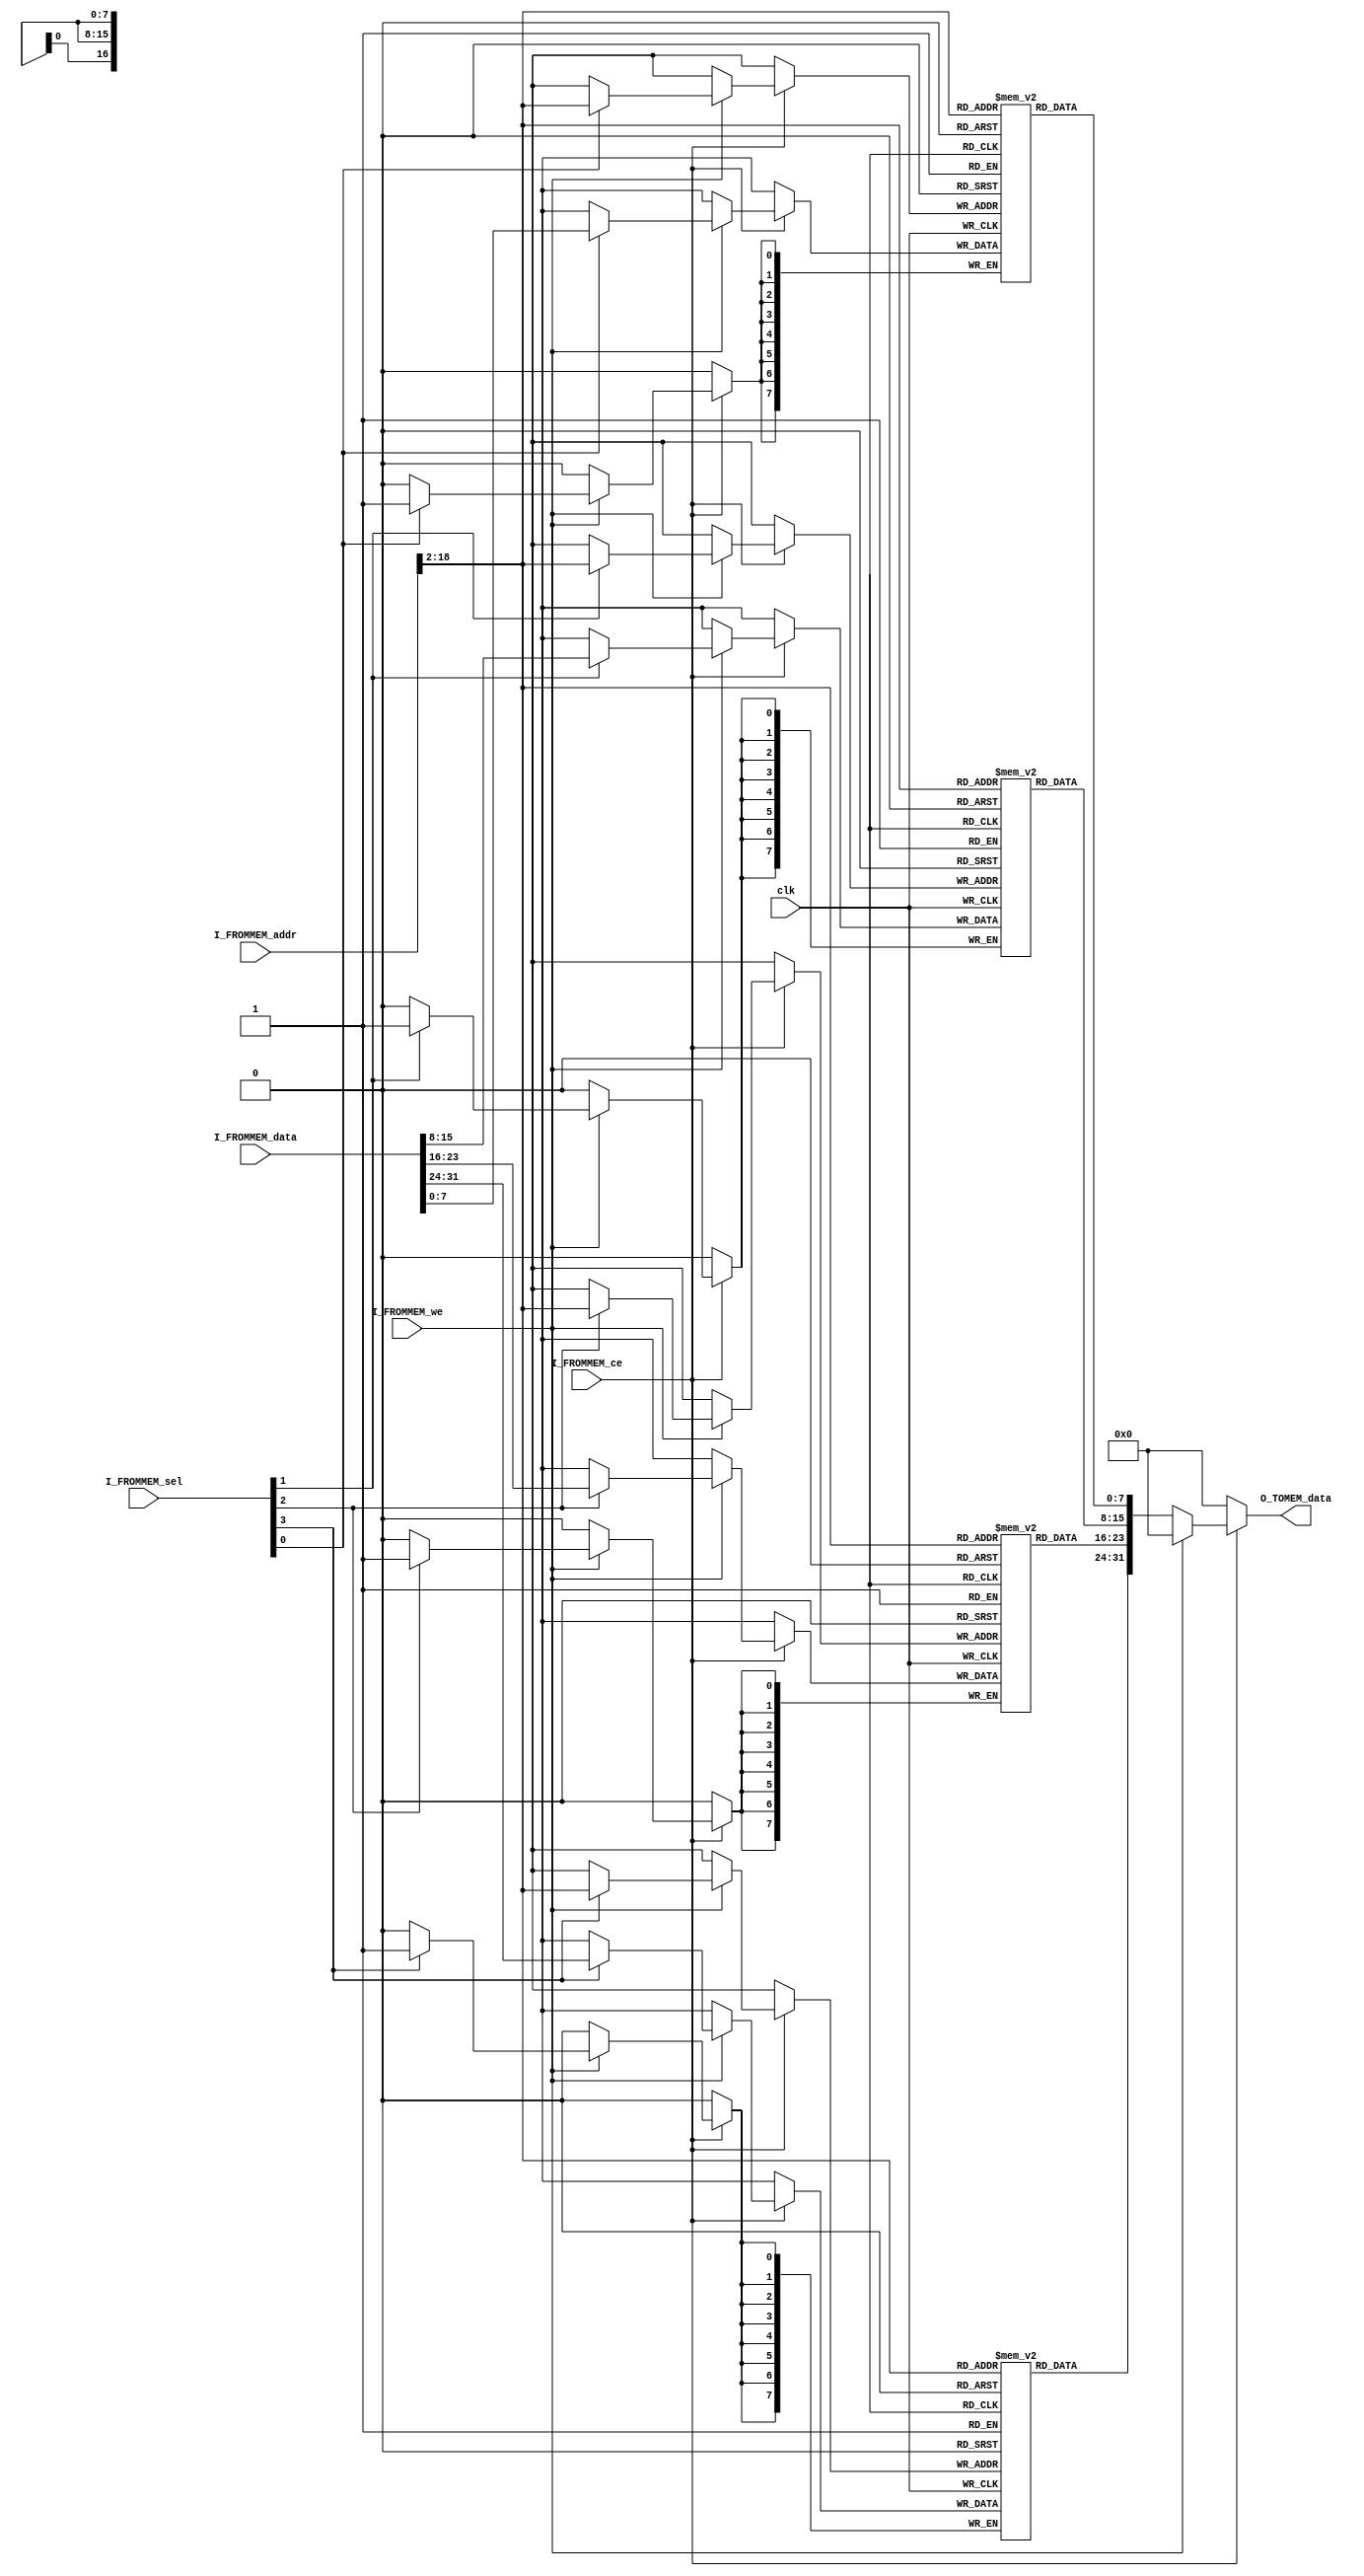
module data_ram(

	input	wire										clk,
	input wire										I_FROMMEM_ce,
	input wire										I_FROMMEM_we,
	input wire[31:0]			I_FROMMEM_addr,//ַ߿
	input wire[3:0]								I_FROMMEM_sel,
	input wire[31:0]						I_FROMMEM_data,//߿
	output reg[31:0]					O_TOMEM_data
	
);
//ĸֽ
	reg[7:0]  data_mem0[0:131071-1];//RAMĴСλ֣Գ128K WORD
	reg[7:0]  data_mem1[0:131071-1];
	reg[7:0]  data_mem2[0:131071-1];
	reg[7:0]  data_mem3[0:131071-1];//һֽڵĿ8bit
//д
	always @ (posedge clk) begin
		if (I_FROMMEM_ce == 1'b0) begin
			//O_TOMEM_data <= ZeroWord;
		end else if(I_FROMMEM_we == 1'b1) begin
			  if (I_FROMMEM_sel[3] == 1'b1) begin
		      data_mem3[I_FROMMEM_addr[17+1:2]] <= I_FROMMEM_data[31:24];//ʵʹõĵַ
		    end
			  if (I_FROMMEM_sel[2] == 1'b1) begin
		      data_mem2[I_FROMMEM_addr[17+1:2]] <= I_FROMMEM_data[23:16];
		    end
		    if (I_FROMMEM_sel[1] == 1'b1) begin
		      data_mem1[I_FROMMEM_addr[17+1:2]] <= I_FROMMEM_data[15:8];
		    end
			  if (I_FROMMEM_sel[0] == 1'b1) begin
		      data_mem0[I_FROMMEM_addr[17+1:2]] <= I_FROMMEM_data[7:0];
		    end			   	    
		end
	end
//	
	always @ (*) begin
		if (I_FROMMEM_ce == 1'b0) begin
			O_TOMEM_data <= 32'h00000000;
	  end else if(I_FROMMEM_we == 1'b0) begin
		    O_TOMEM_data <= {data_mem3[I_FROMMEM_addr[17+1:2]],
		               data_mem2[I_FROMMEM_addr[17+1:2]],
		               data_mem1[I_FROMMEM_addr[17+1:2]],
		               data_mem0[I_FROMMEM_addr[17+1:2]]};
		end else begin
				O_TOMEM_data <= 32'h00000000;
		end
	end		

endmodule